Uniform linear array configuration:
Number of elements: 64
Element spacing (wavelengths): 0.75
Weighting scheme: exponential
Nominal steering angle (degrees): -45
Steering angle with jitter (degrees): -45.874
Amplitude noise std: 0.05
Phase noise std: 0.05

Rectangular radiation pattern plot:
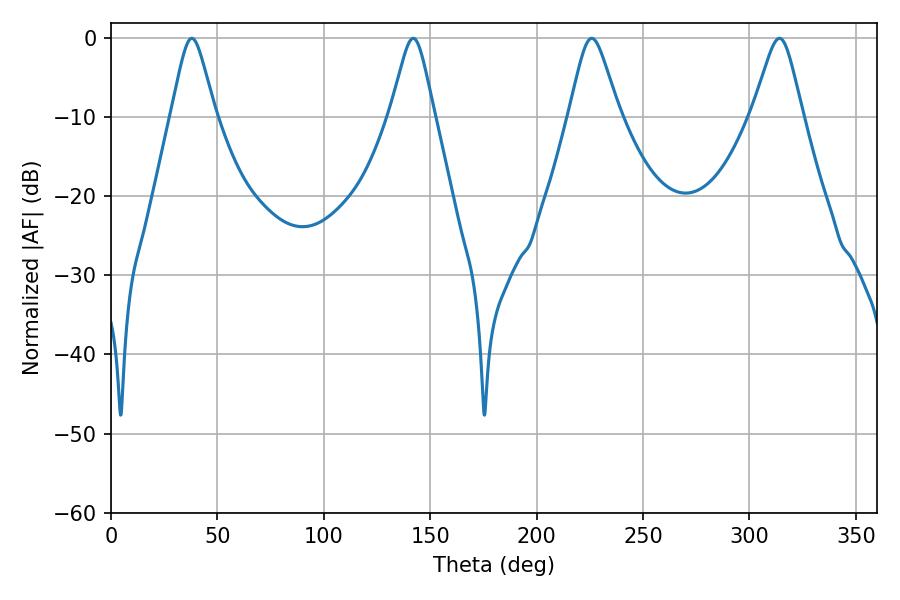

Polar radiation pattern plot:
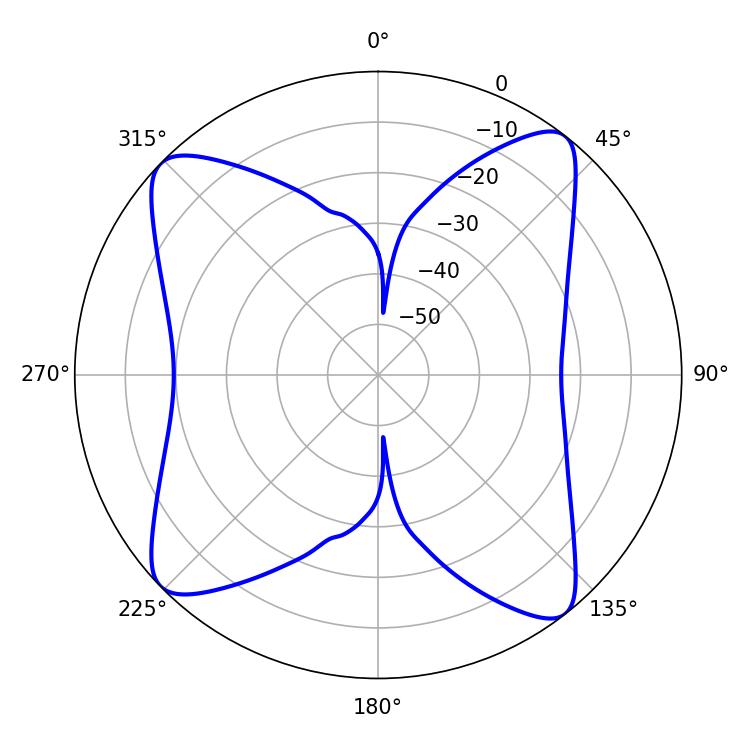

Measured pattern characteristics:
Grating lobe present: TRUE
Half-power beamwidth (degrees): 9.9
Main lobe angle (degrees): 37.98